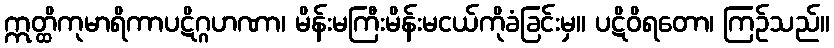
ဣတ္ထိကုမာရိကာပဋိဂ္ဂဟဏာ၊ မိန်းမကြီးမိန်းမငယ်ကိုခံခြင်းမှ။ ပဋိဝိရတော၊ ကြဉ်သည်။